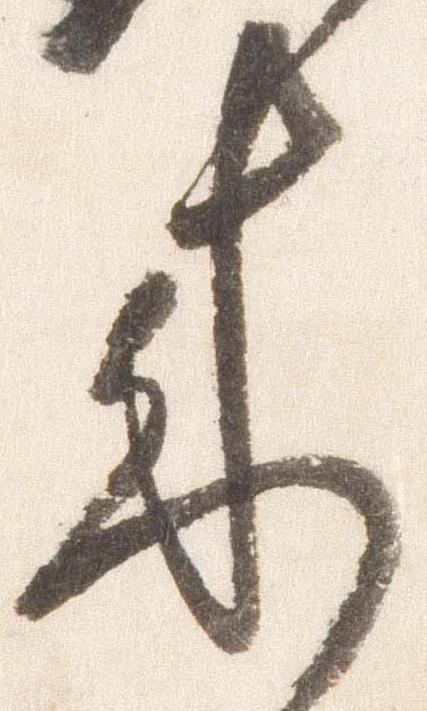
来